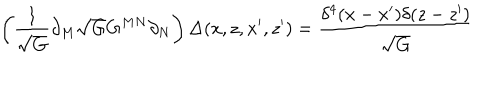
LaTeX: \left( \frac { 1 } { \sqrt { G } } \partial _ { M } \sqrt { G } G ^ { M N } \partial _ { N } \right) \Delta ( x , z , x ^ { \prime } , z ^ { \prime } ) = \frac { \delta ^ { 4 } ( x - x ^ { \prime } ) \delta ( z - z ^ { \prime } ) } { \sqrt { G } }